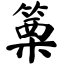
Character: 篥